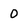
Character: 0